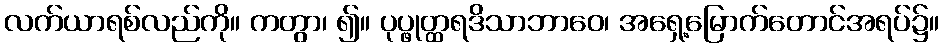
လက်ယာရစ်လည်ကို။ ကတွာ၊ ၍။ ပုပ္ဖုတ္ထရဒိသာဘာဝေ၊ အရှေ့မြောက်တောင်အရပ်၌။